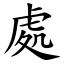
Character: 處